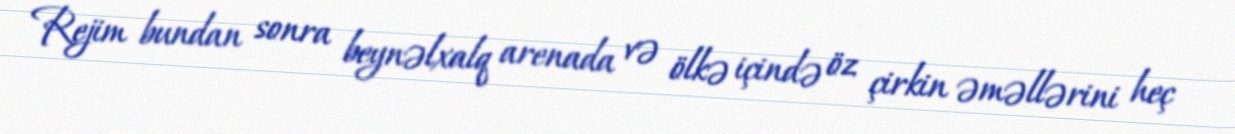
Rejim bundan sonra beynəlxalq arenada və ölkə içində öz çirkin əməllərini heç